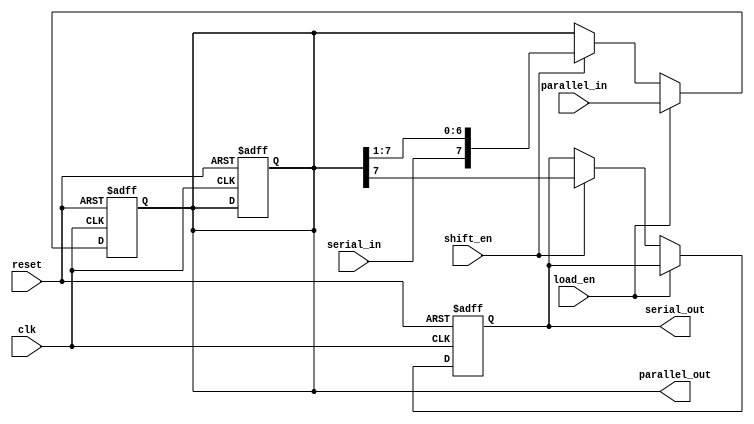
module shift_register #(
    parameter WIDTH = 8  // Width of the shift register
)(
    input wire clk,            // Clock signal
    input wire reset,          // Reset signal
    input wire shift_en,       // Shift enable signal
    input wire load_en,        // Load enable signal
    input wire serial_in,      // Serial input data
    input wire [WIDTH-1:0] parallel_in, // Parallel input data
    output reg serial_out,     // Serial output data
    output reg [WIDTH-1:0] parallel_out // Parallel output data
);

    // Internal shift register array
    reg [WIDTH-1:0] shift_reg;

    // On clock edge
    always @(posedge clk or posedge reset) begin
        if (reset) begin
            // Initialize shift register to zeros
            shift_reg <= {WIDTH{1'b0}};
            serial_out <= 1'b0;
            parallel_out <= {WIDTH{1'b0}};
        end else begin
            if (load_en) begin
                // Load parallel data into shift register
                shift_reg <= parallel_in;
            end else if (shift_en) begin
                // Shift operation
                serial_out <= shift_reg[WIDTH-1]; // Output the MSB
                shift_reg <= {serial_in, shift_reg[WIDTH-1:1]}; // Shift left and input new serial data
            end
        end
    end

    // Parallel output assignment
    always @(*) begin
        parallel_out = shift_reg; // Output the entire shift register
    end

endmodule